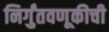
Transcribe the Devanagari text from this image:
निर्गुंतवणूकीची